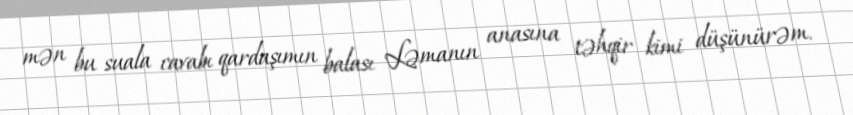
mən bu suala cavabı qardaşımın balası Ləmanın anasına təhqir kimi düşünürəm.